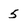
Character: 5